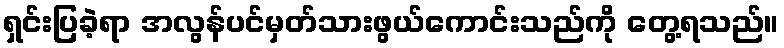
ရှင်းပြခဲ့ရာ အလွန်ပင်မှတ်သားဖွယ်ကောင်းသည်ကို တွေ့ရသည်။